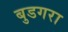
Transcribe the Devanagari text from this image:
बुडगरा